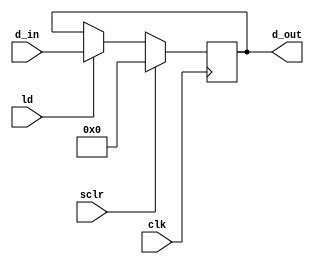
module reg_32b (d_in,
                sclr,
                ld,
                clk,
                d_out);
    input [31:0] d_in;
    input sclr, ld, clk;
    output [31:0] d_out;
    reg [31:0] d_out;
    
    always @(posedge clk)
    begin
        if (sclr == 1'b1)
            d_out = 32'd0;
        else if (ld)
            d_out = d_in;
    end
        
endmodule